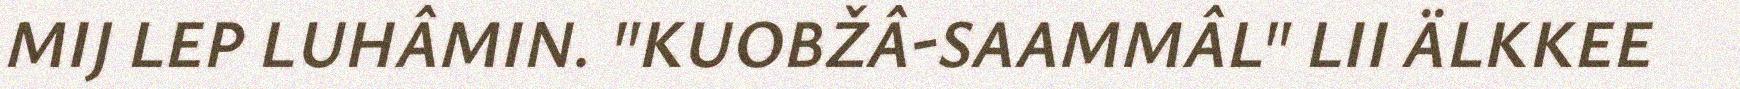
MIJ LEP LUHÂMIN. "KUOBŽÂ-SAAMMÂL" LII ÄLKKEE